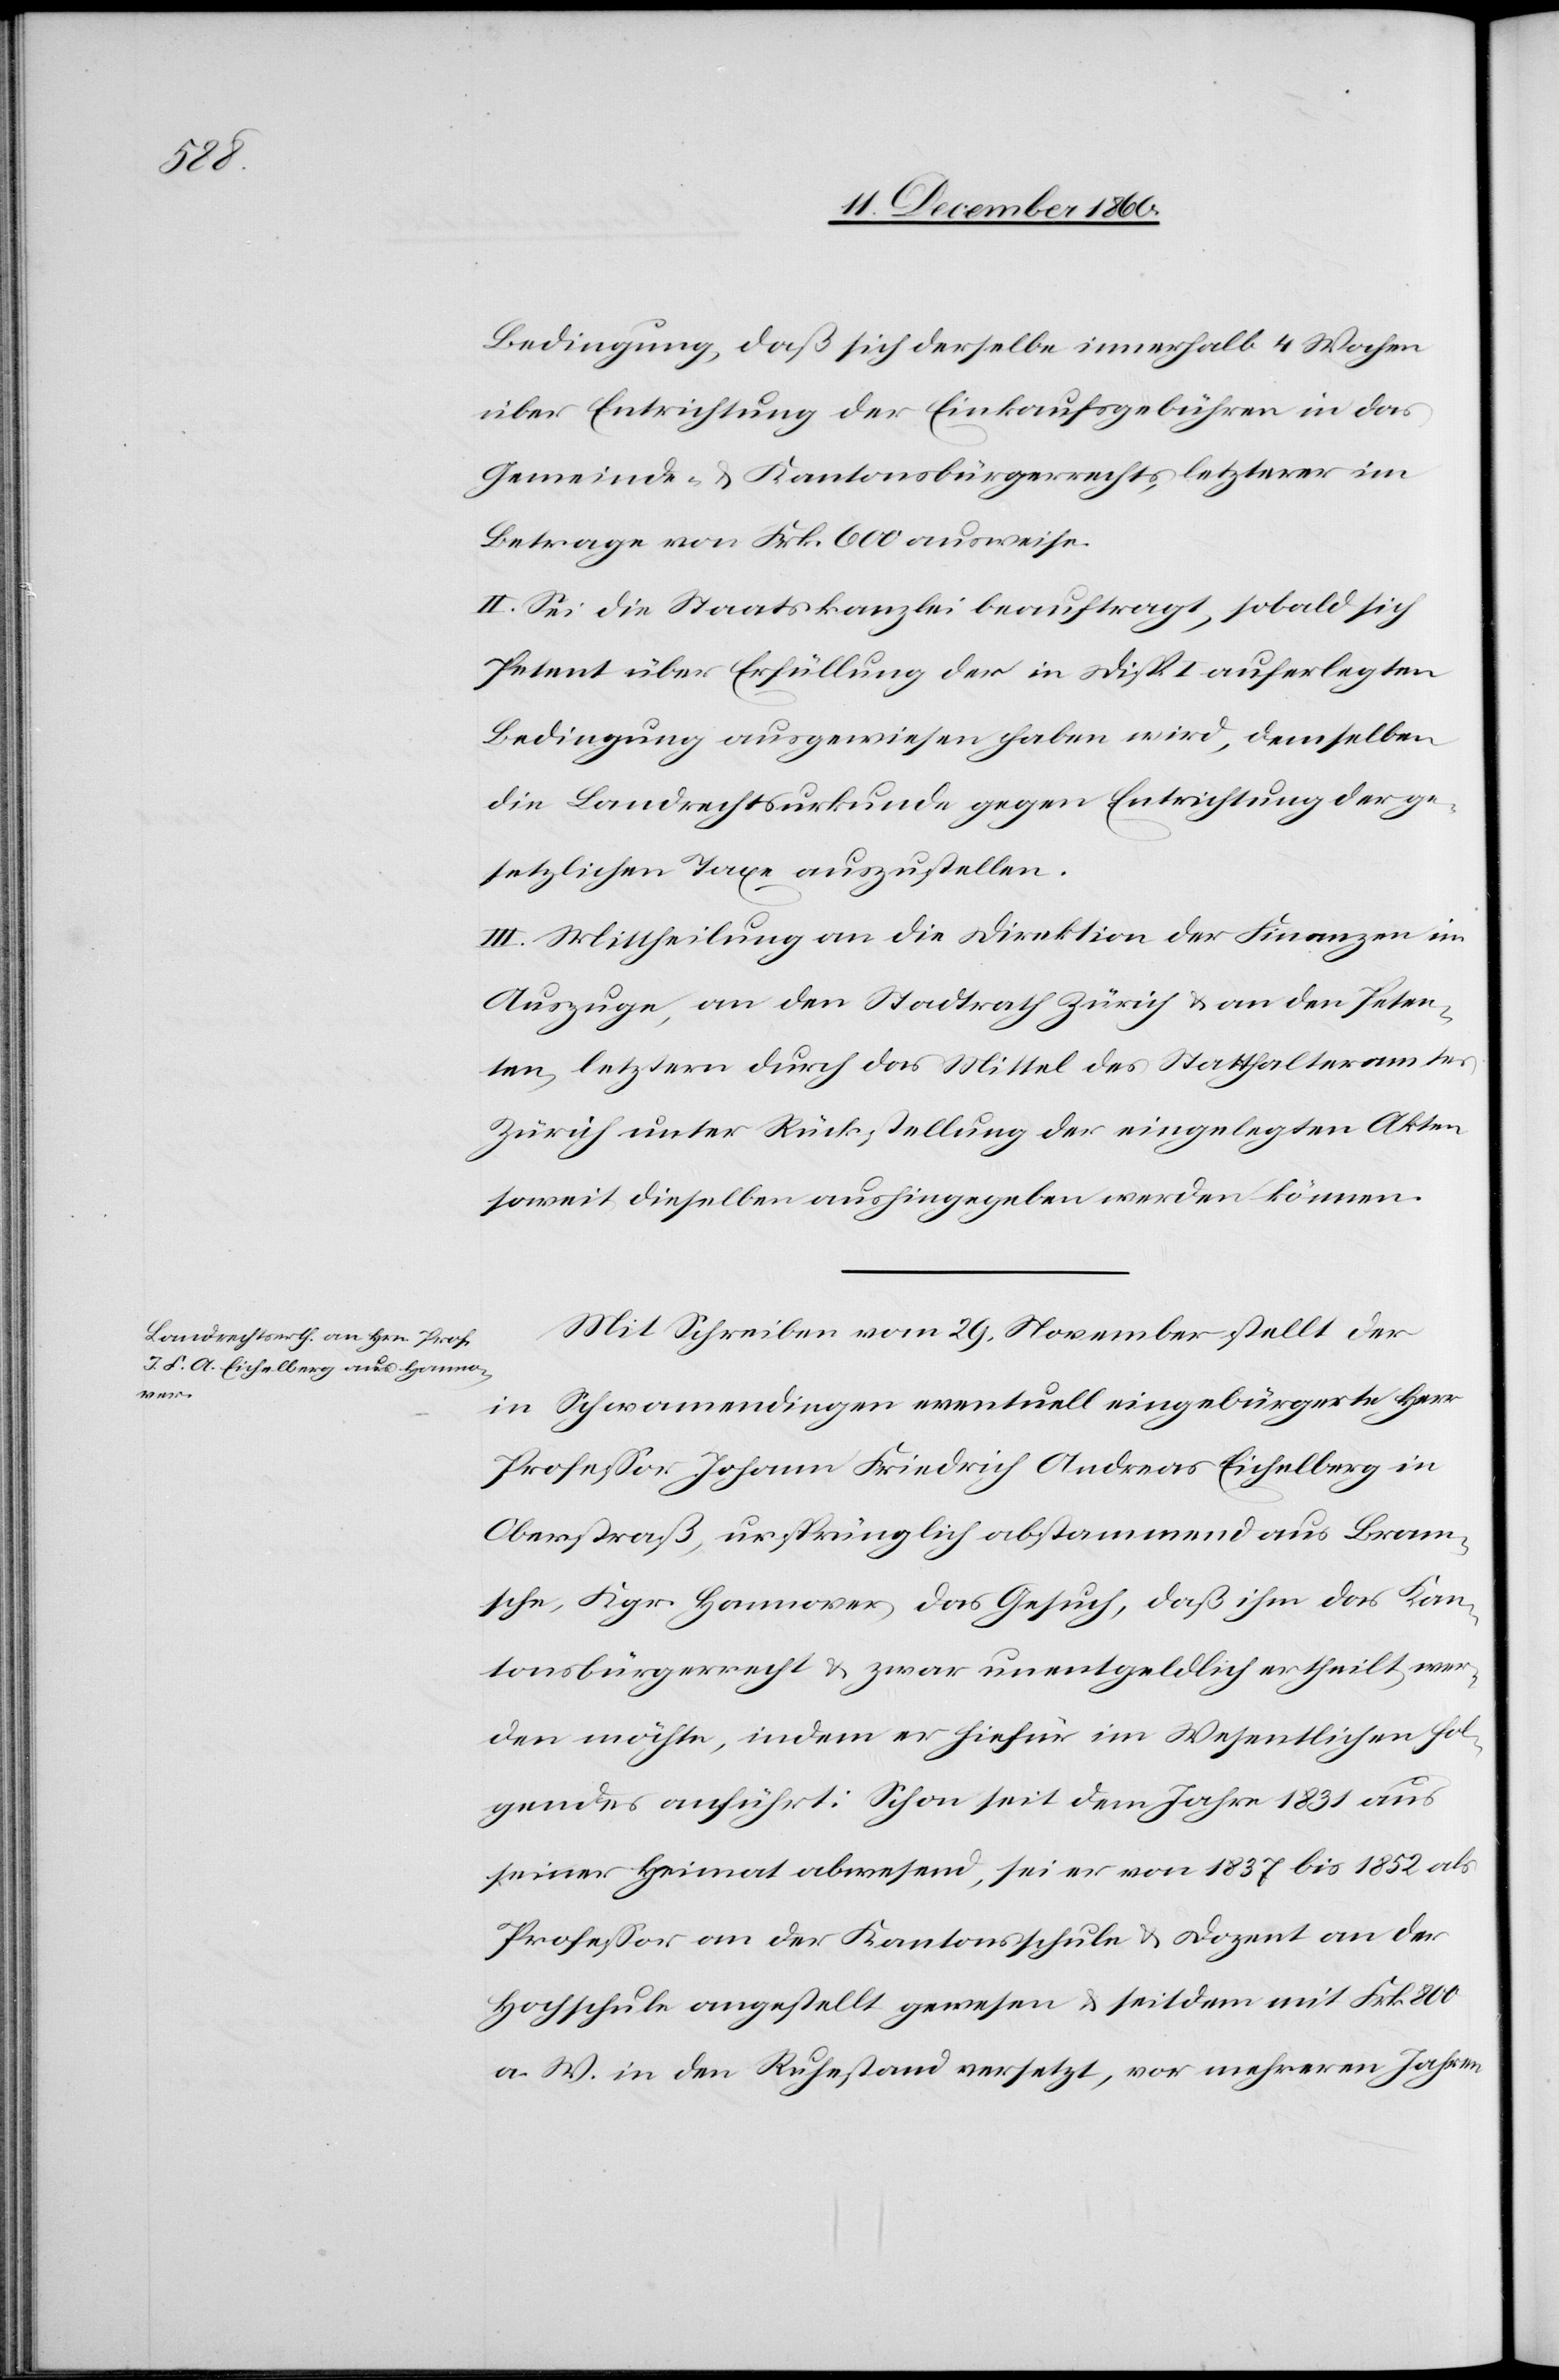
Bedingung, daß sich derselbe innerhalb 4 Wochen
über Entrichtung der Einkaufsgebühren in das
Gemeinde- u. Kantonsbürgerrechts, letzterer im
Betrage von Frk. 600 ausweise.
II. Sei die Staatskanzlei beauftragt, sobald sich
Petent über Erfüllung der in Disp. I auferlegten
Bedingung ausgewiesen haben wird, demselben
die Landrechtsurkunde gegen Entrichtung der ge¬
setzlichen Taxe auszustellen.
III. Mittheilung an die Direktion der Finanzen im
Auszuge, an den Stadtrath Zürich u. an den Peten¬
ten, letztern durch das Mittel des Statthalteramtes
Zürich unter Rückstellung der eingelegten Akten
soweit dieselben aushingegeben werden können.
Mit Schreiben vom 29. November stellt der
in Schwamendingen eventuell eingebürgerte Herr
Professor Johann Friedrich Andreas Eichelberg in
Oberstraß, ursprünglich abstammend aus Bram¬
sche, Kgr. Hannover, das Gesuch, daß ihm das Kan¬
tonsbürgerrecht u. zwar unentgeldlich ertheilt wer¬
den möchte, indem er hiefür im Wesentlichen fol¬
gendes anführt: Schon seit dem Jahre 1831 aus
seiner Heimat abwesend, sei er von 1837 bis 1852 als
Professor an der Kantonsschule u. Dozent an der
Hochschule angestellt gewesen u. seitdem mit Frk. 800
a. w. in den Ruhestand versetzt, vor mehreren Jahren